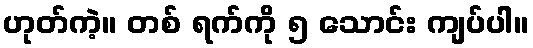
ဟုတ်ကဲ့။ တစ် ရက်ကို ၅ သောင်း ကျပ်ပါ။